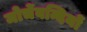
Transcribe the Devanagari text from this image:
मोर्चेबन्दियों